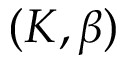
( K , \beta )